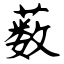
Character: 薮